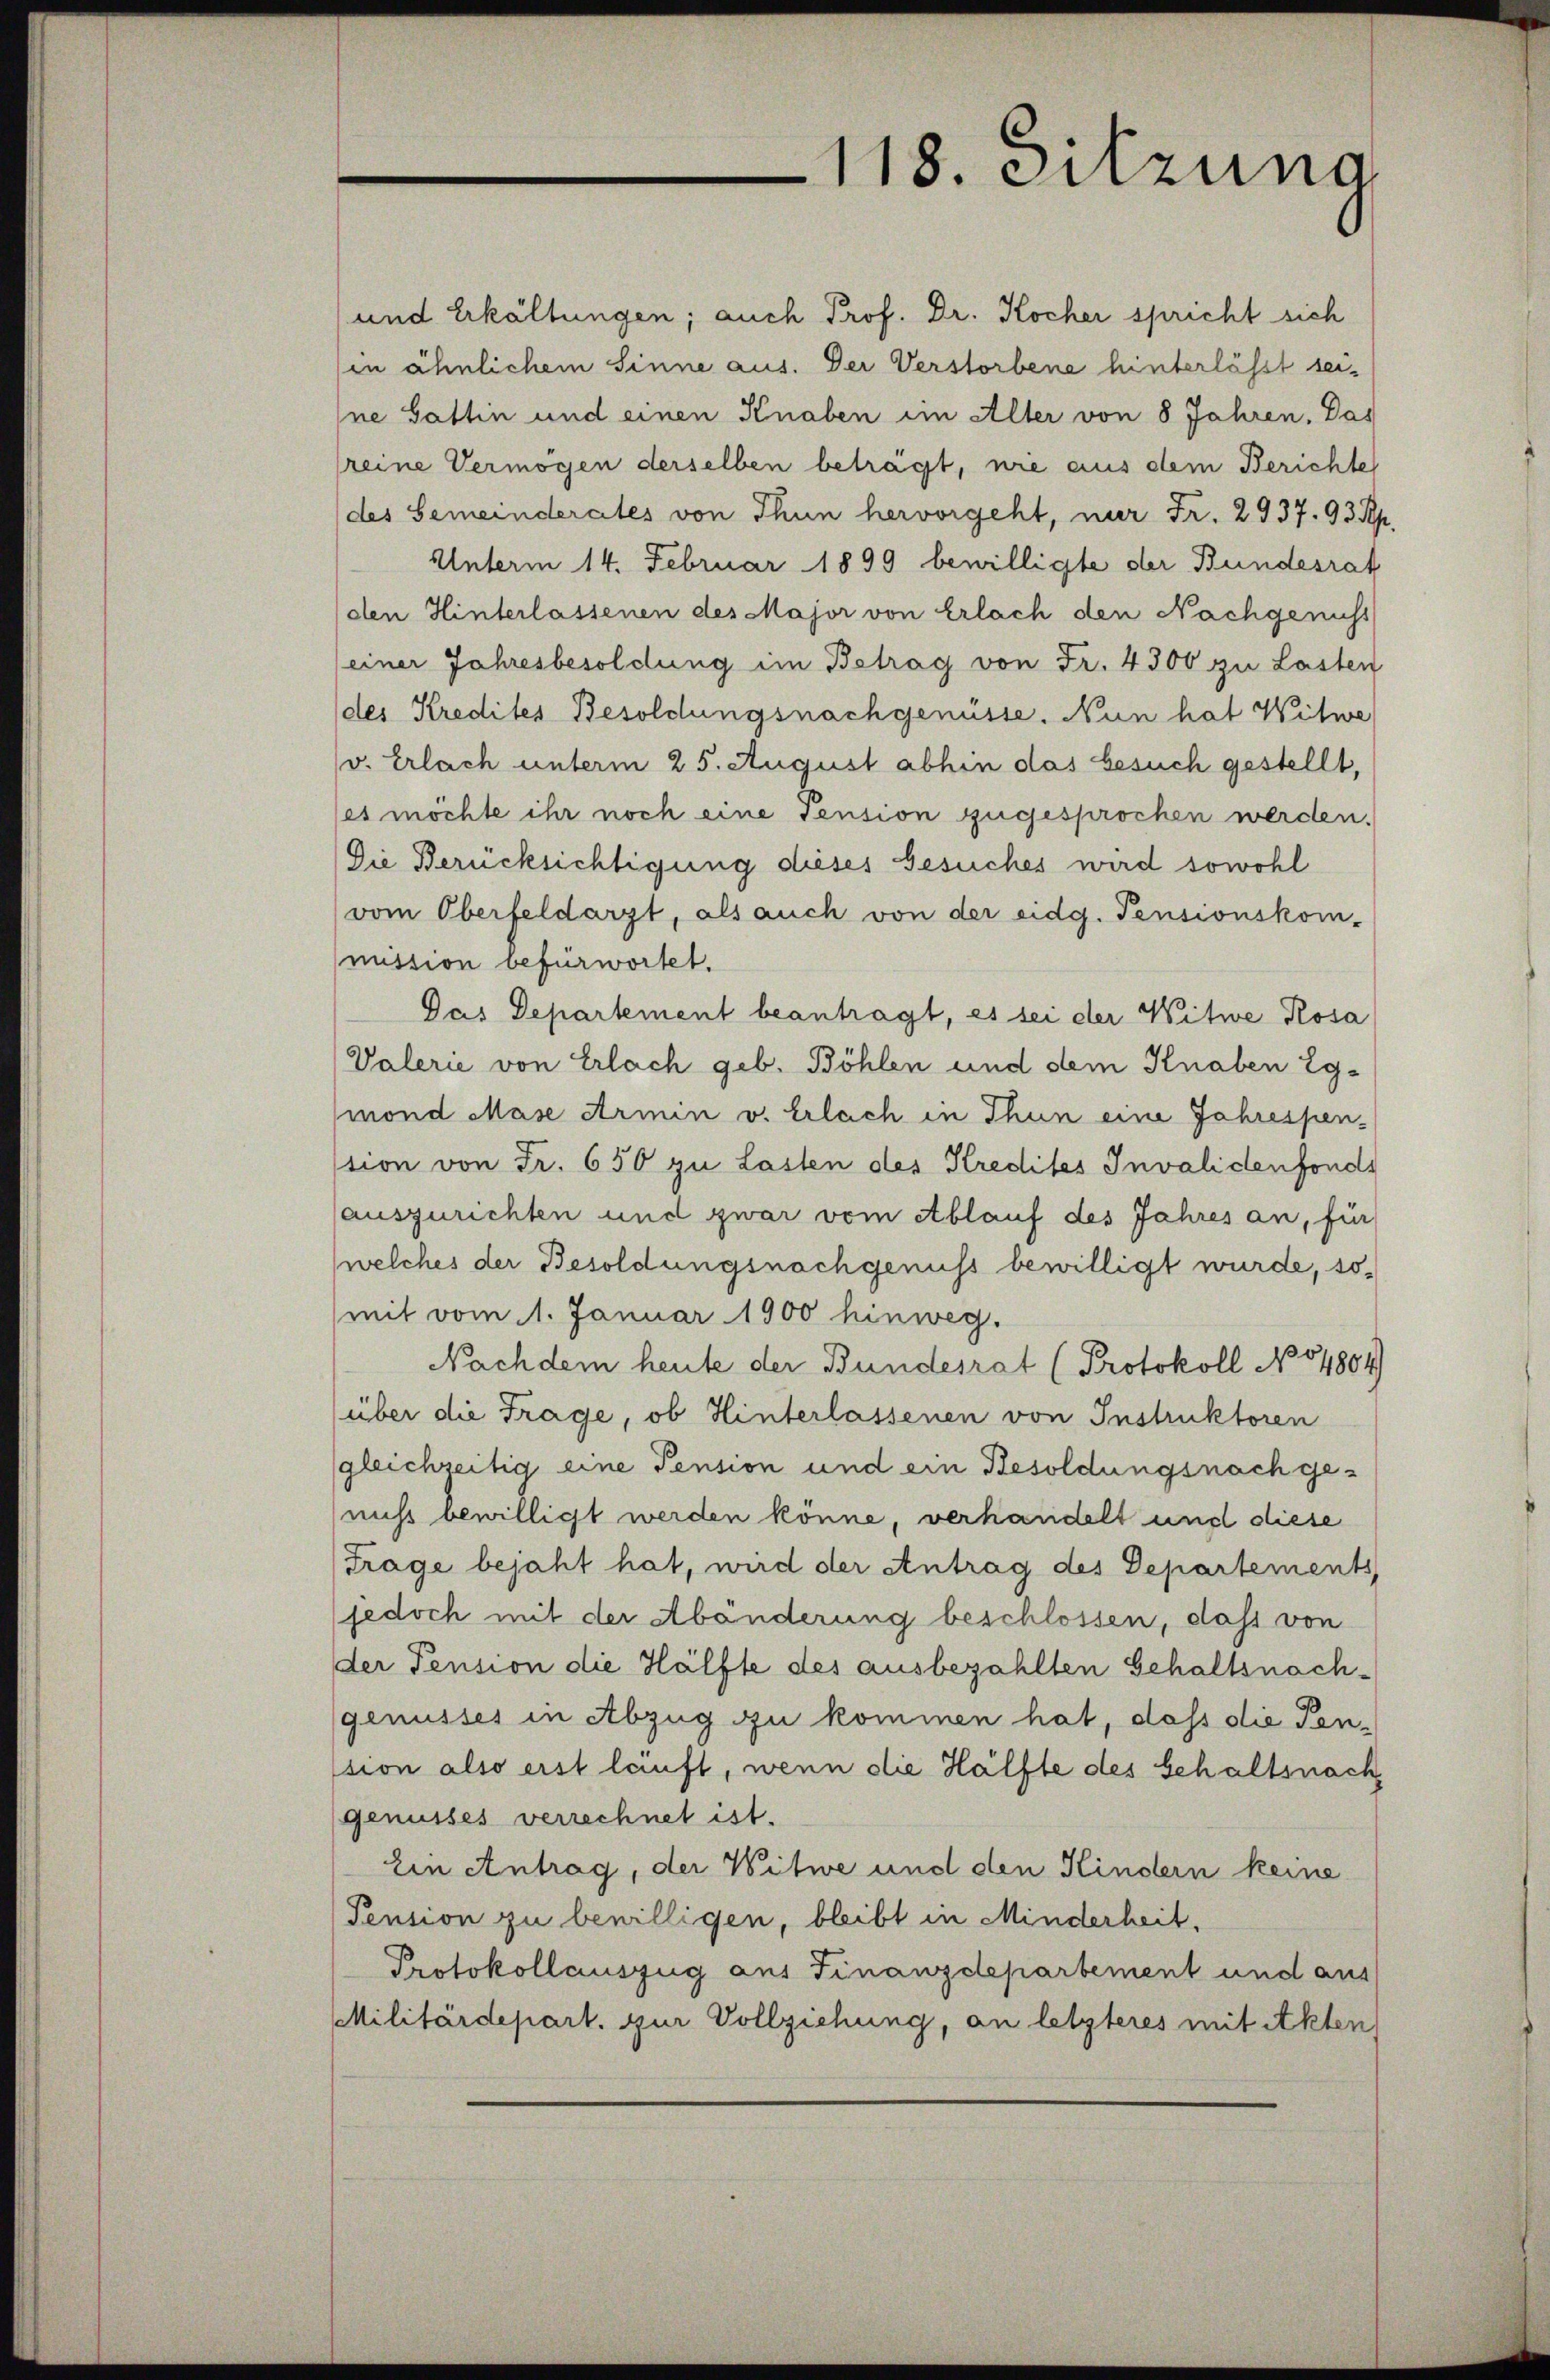
118. Sitzung

und Erkältungen; auch Prof. Dr. Kocher spricht sich
in ähnlichem Sinne aus. Der Verstorbene hinterlässt seine Gattin und einen Knaben im Alter von 8 Jahren. Das
reine Vermögen derselben beträgt, nie aus dem Berichte
des Gemeinderates von Thun hervorgeht, nur Fr. 2937. 93 Rp.
Unterm 14. Februar 1899 bewilligte der Bundesrat
(den Hinterlassenen des Major von Erlach den Nachgenicht
(einer Jahresbesoldung im Betrag von Fr. 4300 zu Lasten
(des Kredites Besoldungsnachgenüsse. Nun hat Witwe
v. Erlach unterm 25. August abhin das besuch gestellt,
ses möchte ihr noch eine Pension zugesprochen werden.
Die Berücksichtigung dieses Gesuches wird sowohl
vom Oberfeldarzt, als auch von der eidg. Pensionskom-
nussion befürwortet.
Pas Departement beantragt, es sei der Witwe Rosa
Valerie von Erlach geb. Böhlen und dem Knaben 2gmond Mase Armin v. Erlach in Thun eine Jahrespen-
stion von Fr. 650 zu Lasten des Kredites Invalidenfonds
auszurichten und zwar vom Ablauf des Jahres an, für
welches der Besoldungsnachgenuss bewilligt wurde, somit vom 11. Januar 1900 hinweg.
Nachdem heute der Bundesrat (Protokoll No 54804)
(über die Trage, ob Hinterlassenen von Instruktoren
(gleichzeitig eine Pension und ein Besoldungsnach genuss bewilligt werden könne, verhandelt und diese
Trage bejaht hat, wird der Antrag des Departements
jedoch mit der Abänderung beschlossen, dass von
der Pension die Hälfte des ausbezahlten Gehaltsnachgenusses in Abzug zu kommen hat, dass die Pension also erst lauft, wenn die Hälfte des Gehaltsnach,
genusses verrechnet ist.
Ein Antrag, der Witwe und den Kindern keine
Pension zu bewilligen, bleibt in Minderheit,
Protokollauszug aus Finanzdepartement und aus
Militärdepart. zur Vollziehung, an letzteres mit Akten